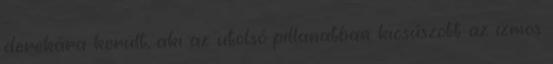
derekára került, aki az utolsó pillanatban kicsúszott az izmos